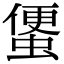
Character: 𧍻